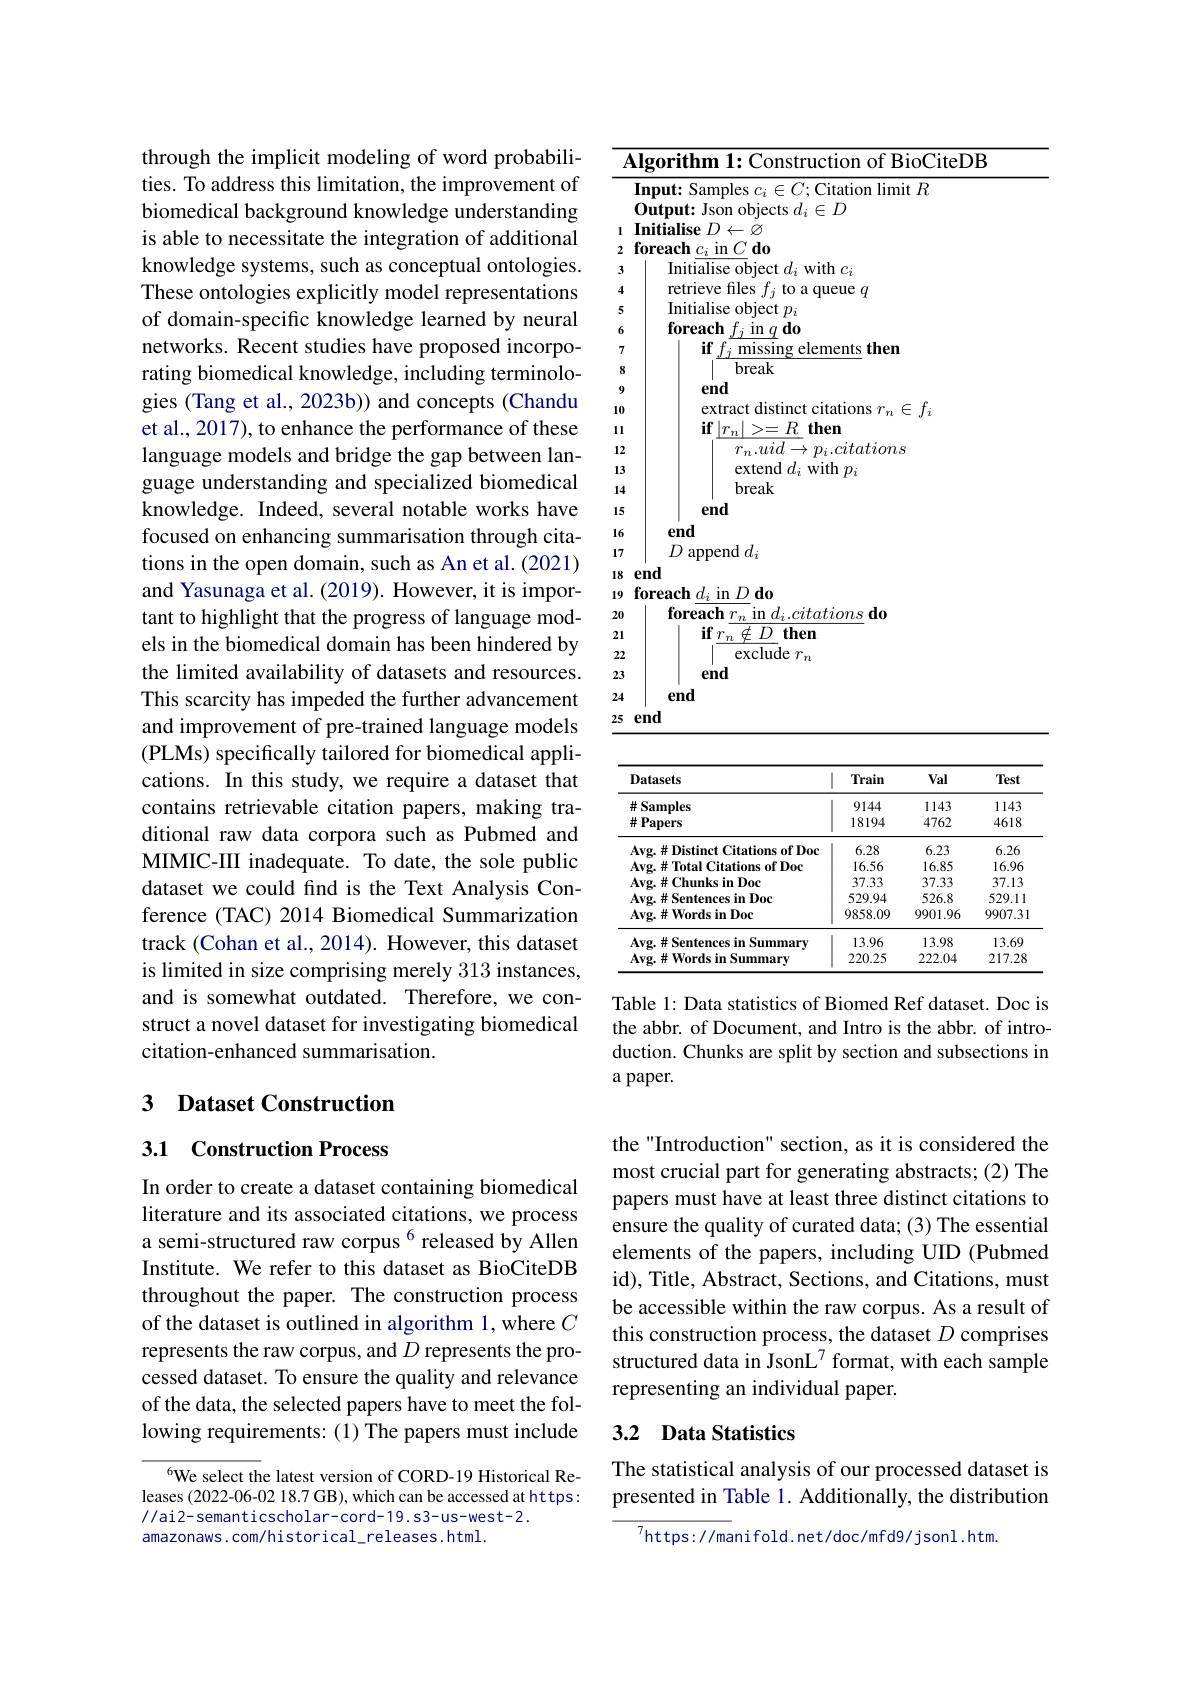
through the implicit modeling of word probabilities. To address this limitation, the improvement of biomedical background knowledge understanding is able to necessitate the integration of additional knowledge systems, such as conceptual ontologies. These ontologies explicitly model representations of domain-specific knowledge learned by neural networks. Recent studies have proposed incorporating biomedical knowledge, including terminologies (Tang et al., 2023b)) and concepts (Chandu et al., 2017), to enhance the performance of these language models and bridge the gap between language understanding and specialized biomedical knowledge. Indeed, several notable works have focused on enhancing summarisation through citations in the open domain, such as An et al. (2021) and Yasunaga et al. (2019). However, it is important to highlight that the progress of language models in the biomedical domain has been hindered by the limited availability of datasets and resources. This scarcity has impeded the further advancement and improvement of pre-trained language models (PLMs) specifically tailored for biomedical applications. In this study, we require a dataset that contains retrievable citation papers, making traditional raw data corpora such as Pubmed and MIMIC-III inadequate. To date, the sole public dataset we could find is the Text Analysis Conference (TAC) 2014 Biomedical Summarization track (Cohan et al., 2014). However, this dataset is limited in size comprising merely 313 instances, and is somewhat outdated. Therefore, we construct a novel dataset for investigating biomedical citation-enhanced summarisation.

## 3 Dataset Construction

## 3.1 Construction Process

In order to create a dataset containing biomedical literature and its associated citations, we process a semi-structured raw corpus $^{6}$ released by Allen Institute. We refer to this dataset as BioCiteDB throughout the paper. The construction process of the dataset is outlined in algorithm 1, where $C$ represents the raw corpus, and $D$ represents the processed dataset. To ensure the quality and relevance of the data, the selected papers have to meet the following requirements: (1) The papers must include

6We select the latest version of CORD-19 Historical Releases (2022-06-02 18.7 GB), which can be accessed at https: //ai2-semanticscholar-cord-19.s3-us-west-2.
amazonaws. com/historical\_releases.html.

<table>
	<tbody>
		<tr>
			<th> </th>
			<th>Algorithm 1: Construction of BioCiteDB</th>
		</tr>
		<tr>
			<th>1 2</th>
			<th>Input: Samples $c_i\in C;$Citation limit $R$ Output: Json objects $d_i\in D$ Initialise $D\leftarrow\varnothing$ $\textbf{foreach }c_{i}$ in $C\textbf{ do}$</th>
		</tr>
		<tr>
			<td>3</td>
			<td>Tnitia $f$</td>
		</tr>
		<tr>
			<td>4</td>
			<td>$ff$</td>
		</tr>
		<tr>
			<td>5</td>
			<td> </td>
		</tr>
		<tr>
			<td>6</td>
			<td>forea $11n$ $a$ $da$</td>
		</tr>
		<tr>
			<td>7</td>
			<td>$en$</td>
		</tr>
		<tr>
			<td>8</td>
			<td>break</td>
		</tr>
		<tr>
			<td>$\textcircled{9}$</td>
			<td>end</td>
		</tr>
		<tr>
			<td>10</td>
			<td> </td>
		</tr>
		<tr>
			<td>11 1 1 1</td>
			<td>4</td>
		</tr>
		<tr>
			<td>2 1</td>
			<td> </td>
		</tr>
		<tr>
			<td>3 1</td>
			<td> </td>
		</tr>
		<tr>
			<td>14 </td>
			<td>break</td>
		</tr>
		<tr>
			<td>15</td>
			<td>end</td>
		</tr>
		<tr>
			<td>16</td>
			<td>end</td>
		</tr>
		<tr>
			<td>17 1</td>
			<td>$D$ $\operatorname{append}d_{i}$</td>
		</tr>
		<tr>
			<td>18 $\frac{1}{2}$ $a_{1}=a_{1}$ $a_{1}=a_{1}$ </td>
			<td>end</td>
		</tr>
		<tr>
			<td>19</td>
			<td>$\iota Ddo$ foreach $d_{i}$ $i$ in</td>
		</tr>
		<tr>
			<td>20</td>
			<td>foreach $tions\textbf{do}$</td>
		</tr>
		<tr>
			<td>21</td>
			<td>$\textbf{if}r_{n}$ $D$ then $\textcircled{7}$</td>
		</tr>
		<tr>
			<td>22</td>
			<td>$\overline{\mathrm{exclude~}r_n}$</td>
		</tr>
		<tr>
			<td>23</td>
			<td>end</td>
		</tr>
		<tr>
			<td>24</td>
			<td>end</td>
		</tr>
		<tr>
			<td>25</td>
			<td>end</td>
		</tr>
	</tbody>
</table>

<table>
	<tbody>
		<tr>
			<th>Datasets</th>
			<th>Train 1</th>
			<th>Val</th>
			<th>Test</th>
		</tr>
		<tr>
			<td>$\#$Samples</td>
			<td>9144</td>
			<td>1143</td>
			<td>1143</td>
		</tr>
		<tr>
			<td>$\#$Papers</td>
			<td>18194</td>
			<td>4762</td>
			<td>4618</td>
		</tr>
		<tr>
			<td>Avg. # Distinct Citations of Doc</td>
			<td>6.28</td>
			<td>6.23</td>
			<td>6.26</td>
		</tr>
		<tr>
			<td>Avg.# Total Citations of Doc</td>
			<td>16.56</td>
			<td>16.85</td>
			<td>16.96</td>
		</tr>
		<tr>
			<td>Avg.#Chunks in Doc</td>
			<td>37.33</td>
			<td>37.33</td>
			<td>37.13</td>
		</tr>
		<tr>
			<td>Avg.# Sentences in Doc</td>
			<td>529.94</td>
			<td>526.8</td>
			<td>529.11</td>
		</tr>
		<tr>
			<td>$\mathbf{Avg.\#Words~in~Doc}$</td>
			<td>9858.09</td>
			<td>9901.96</td>
			<td>9907.31</td>
		</tr>
		<tr>
			<td>Avg. # Sentences in Summary</td>
			<td>13.96</td>
			<td>13.98</td>
			<td>13.69</td>
		</tr>
		<tr>
			<td>Avg.# Words in Summary</td>
			<td>220.25</td>
			<td>222.04</td>
			<td>217.28</td>
		</tr>
	</tbody>
</table>

Table 1: Data statistics of Biomed Ref dataset. Doc is the abbr. of Document, and Intro is the abbr. of introduction. Chunks are split by section and subsections in a paper.

the "Introduction" section, as it is considered the most crucial part for generating abstracts; (2) The papers must have at least three distinct citations to ensure the quality of curated data; (3) The essential elements of the papers, including UID (Pubmed id), Title, Abstract, Sections, and Citations, must be accessible within the raw corpus. As a result of this construction process, the dataset $D$ comprises structured data in JsonL$^{7}$ format, with each sample representing an individual paper.

## 3.2 Data Statistics

The statistical analysis of our processed dataset is presented in Table 1. Additionally, the distribution

${^{7}\mathrm{https://manifold.net/doc/mfd9/jsonl.htm}}$